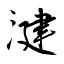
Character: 湕